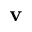
\textbf { v }